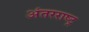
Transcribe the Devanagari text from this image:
अंतरराष्ट्र